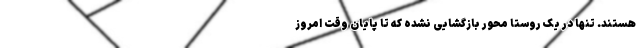
هستند. تنها در یک روستا محور بازگشایی نشده که تا پایان وقت امروز